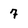
Character: 7